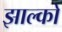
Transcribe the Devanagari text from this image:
झाल्को